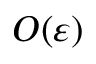
{ \cal { O } } ( \varepsilon )